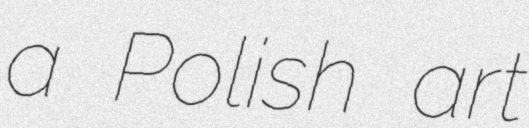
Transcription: a Polish art